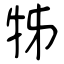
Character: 牬